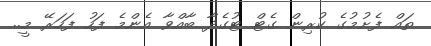
ތައް ފެށުމުގެ ކުރިން ގެޓް ޓުގެދާ ބާއްވާ އެންމެ ފަހު ފަހަރޭ މީ..